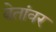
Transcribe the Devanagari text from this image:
बेतांवर